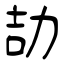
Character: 劼